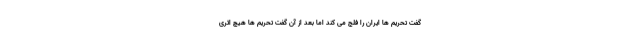
گفت تحریم ها ایران را فلج می کند اما بعد از آن گفت تحریم ها هیچ اثری